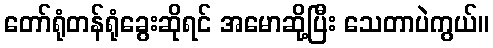
တော်ရုံတန်ရုံခွေးဆိုရင် အမောဆို့ပြီး သေတာပဲကွယ်။